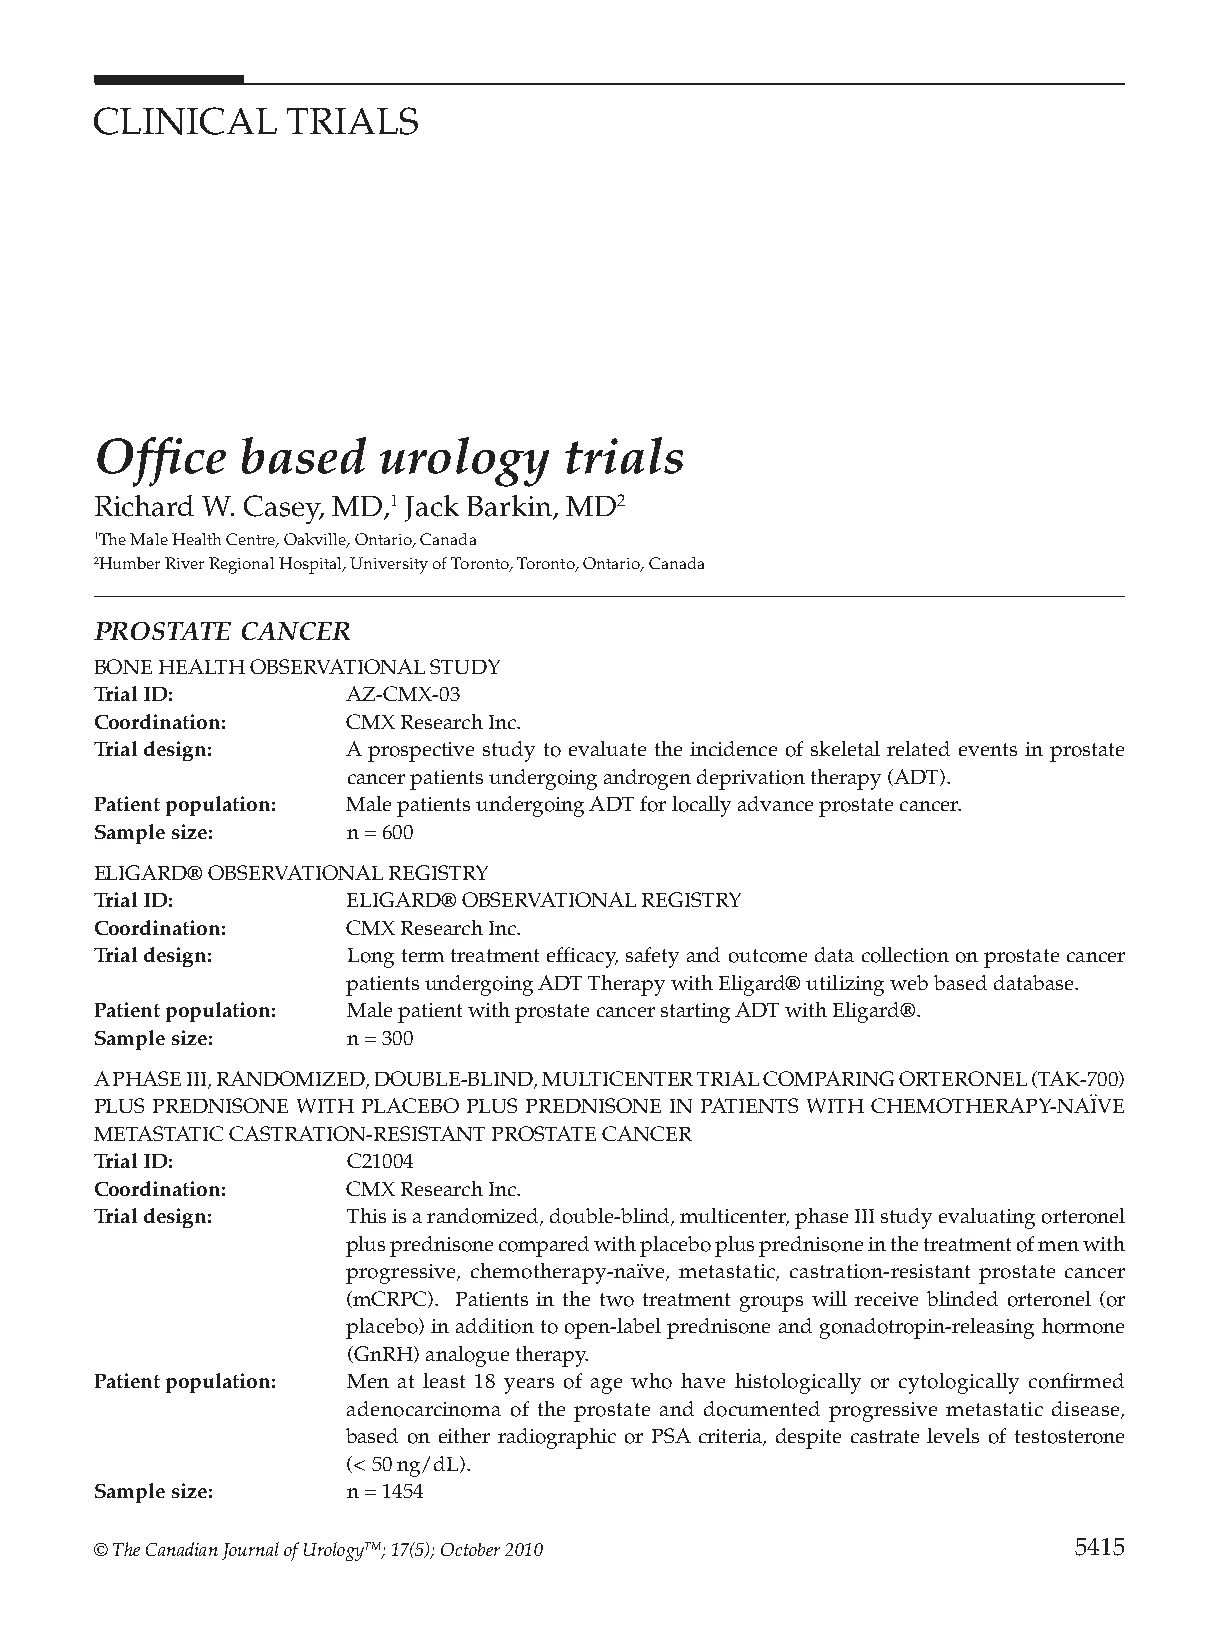
CLINICAL     TRIALS
 Offi  ce  based    urology     trials
 Richard W. Casey, MD,1 Jack Barkin, MD2
 1The Male Health Centre, Oakville, Ontario, Canada
 2Humber River Regional Hospital, University of Toronto, Toronto, Ontario, Canada
 PROSTATE  CANCER
 BONE HEALTH OBSERVATIONAL STUDY
 Trial ID:        AZ-CMX-03
 Coordination:    CMX Research Inc.
 Trial design:    A prospective study to evaluate the incidence of skeletal related events in prostate
 cancer patients undergoing androgen deprivation therapy (ADT).
 Patient population: Male patients undergoing ADT for locally advance prostate cancer.
 Sample size:     n = 600
 ELIGARD® OBSERVATIONAL REGISTRY
 Trial ID:        ELIGARD® OBSERVATIONAL REGISTRY
 Coordination:    CMX Research Inc.
 Trial design:    Long term treatment effi cacy, safety and outcome data collection on prostate cancer
 patients undergoing ADT Therapy with Eligard® utilizing web based database.
 Patient population: Male patient with prostate cancer starting ADT with Eligard®.
 Sample size:     n = 300
 A PHASE III, RANDOMIZED, DOUBLE-BLIND, MULTICENTER TRIAL COMPARING ORTERONEL (TAK-700)
 PLUS PREDNISONE WITH PLACEBO PLUS PREDNISONE IN PATIENTS WITH CHEMOTHERAPY-NAÏVE
 METASTATIC CASTRATION-RESISTANT PROSTATE CANCER
 Trial ID:        C21004
 Coordination:    CMX Research Inc.
 Trial design:    This is a randomized, double-blind, multicenter, phase III study evaluating orteronel
 plus prednisone compared with placebo plus prednisone in the treatment of men with
 progressive, chemotherapy-naïve, metastatic, castration-resistant prostate cancer
 (mCRPC). Patients in the two treatment groups will receive blinded orteronel (or
 placebo) in addition to open-label prednisone and gonadotropin-releasing hormone
 (GnRH) analogue therapy.
 Patient population: Men at least 18 years of age who have histologically or cytologically confi rmed
 adenocarcinoma of the prostate and documented progressive metastatic disease,
 based on either radiographic or PSA criteria, despite castrate levels of testosterone
 (< 50 ng/dL).
 Sample size:     n = 1454
 © The Canadian Journal of UrologyTM; 17(5); October 2010         5415